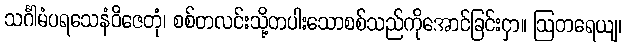
သင်္ဂါမံပရသေနံဝိဇေတုံ၊ စစ်တလင်းသို့တပါးသောစစ်သည်ကိုအောင်ခြင်းငှာ။ ဩတရေယျ၊